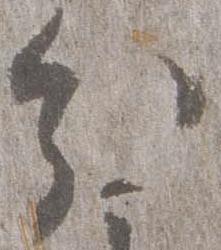
分